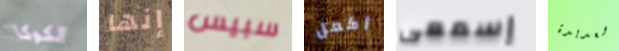
الكوكا إنها سبيس أكمل إسمعى العديدة